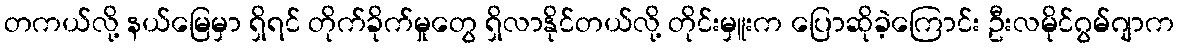
တကယ်လို့ နယ်မြေမှာ ရှိရင် တိုက်ခိုက်မှုတွေ ရှိလာနိုင်တယ်လို့ တိုင်းမှူးက ပြောဆိုခဲ့ကြောင်း ဦးလမိုင်ဂွမ်ဂျာက